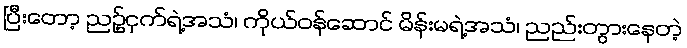
ပြီးတော့ ညဥ့်ငှက်ရဲ့အသံ၊ ကိုယ်ဝန်ဆောင် မိန်းမရဲ့အသံ၊ ညည်းတွားနေတဲ့